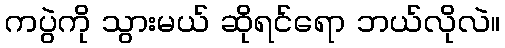
ကပွဲကို သွားမယ် ဆိုရင်ရော ဘယ်လိုလဲ။